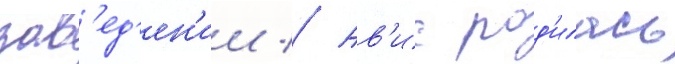
зав'ед'ен'ии // Ав'ис род'илась